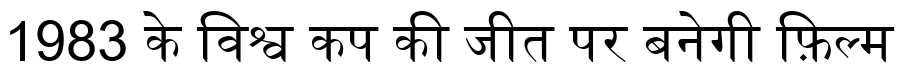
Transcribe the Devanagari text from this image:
1983 के विश्व कप की जीत पर बनेगी फ़िल्म